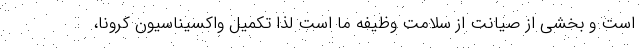
است و بخشی از صیانت از سلامت وظیفه ما است لذا تکمیل واکسیناسیون کرونا،